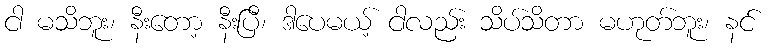
ငါ မသိဘူး၊ နီးတော့ နီးပြီ၊ ဒါပေမယ့် ငါလည်း သိပ်သိတာ မဟုတ်ဘူး၊ နင်